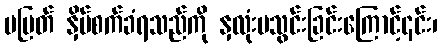
မပြတ် နှိပ်စက်ခံရသည်ကို နှလုံးမသွင်းခြင်းကြောင့်၎င်း၊